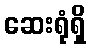
ဆေးရုံရှိ